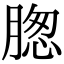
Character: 𦝰